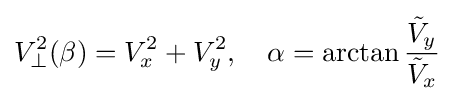
V_{\perp }^{2}(\beta )=V_{x}^{2}+V_{y}^{2},\quad \alpha =\arctan {\frac {{\tilde {V}}_{y}}{{\tilde {V}}_{x}}}